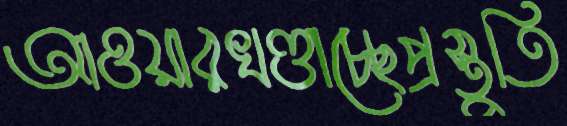
আওয়ারখণ্ডাচ্ছেপ্রস্তুতি